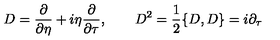
D = { \frac { \partial } { \partial \eta } } + i \eta { \frac { \partial } { \partial \tau } } , \qquad D ^ { 2 } = { \frac { 1 } { 2 } } \{ D , D \} = i \partial _ { \tau }